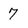
Character: 7